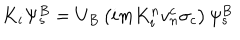
K _ { i } \Psi _ { s } ^ { B } = U _ { B } \left( i m K _ { i } ^ { n } v _ { n } ^ { c } \sigma _ { c } \right) \psi _ { s } ^ { B }